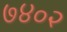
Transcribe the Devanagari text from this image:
७४०२